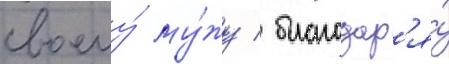
своему́ му́жу / благодар'я́